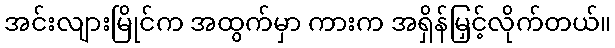
အင်းလျားမြိုင်က အထွက်မှာ ကားက အရှိန်မြှင့်လိုက်တယ်။